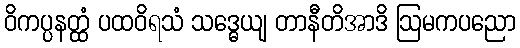
ဝိကပ္ပနတ္ထံ ပထဝိရသံ သဒ္ဓေယျ တာနီတိအာဒိ ဩမကပညော